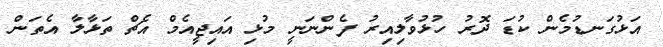
އަޅުގަނޑުމެން ކުޑަ ދޮރު ހުޅުވާލިއިރު ފެންނަނީ މުޅި އައިޖީއެމް އެޗް ތަޅާލާ އެތަން